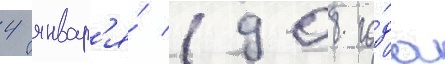
4 январ'я́ 1908 го́да